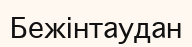
Бежінтаудан